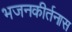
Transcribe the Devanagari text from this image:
भजनकीर्तनास